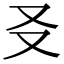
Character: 㕛